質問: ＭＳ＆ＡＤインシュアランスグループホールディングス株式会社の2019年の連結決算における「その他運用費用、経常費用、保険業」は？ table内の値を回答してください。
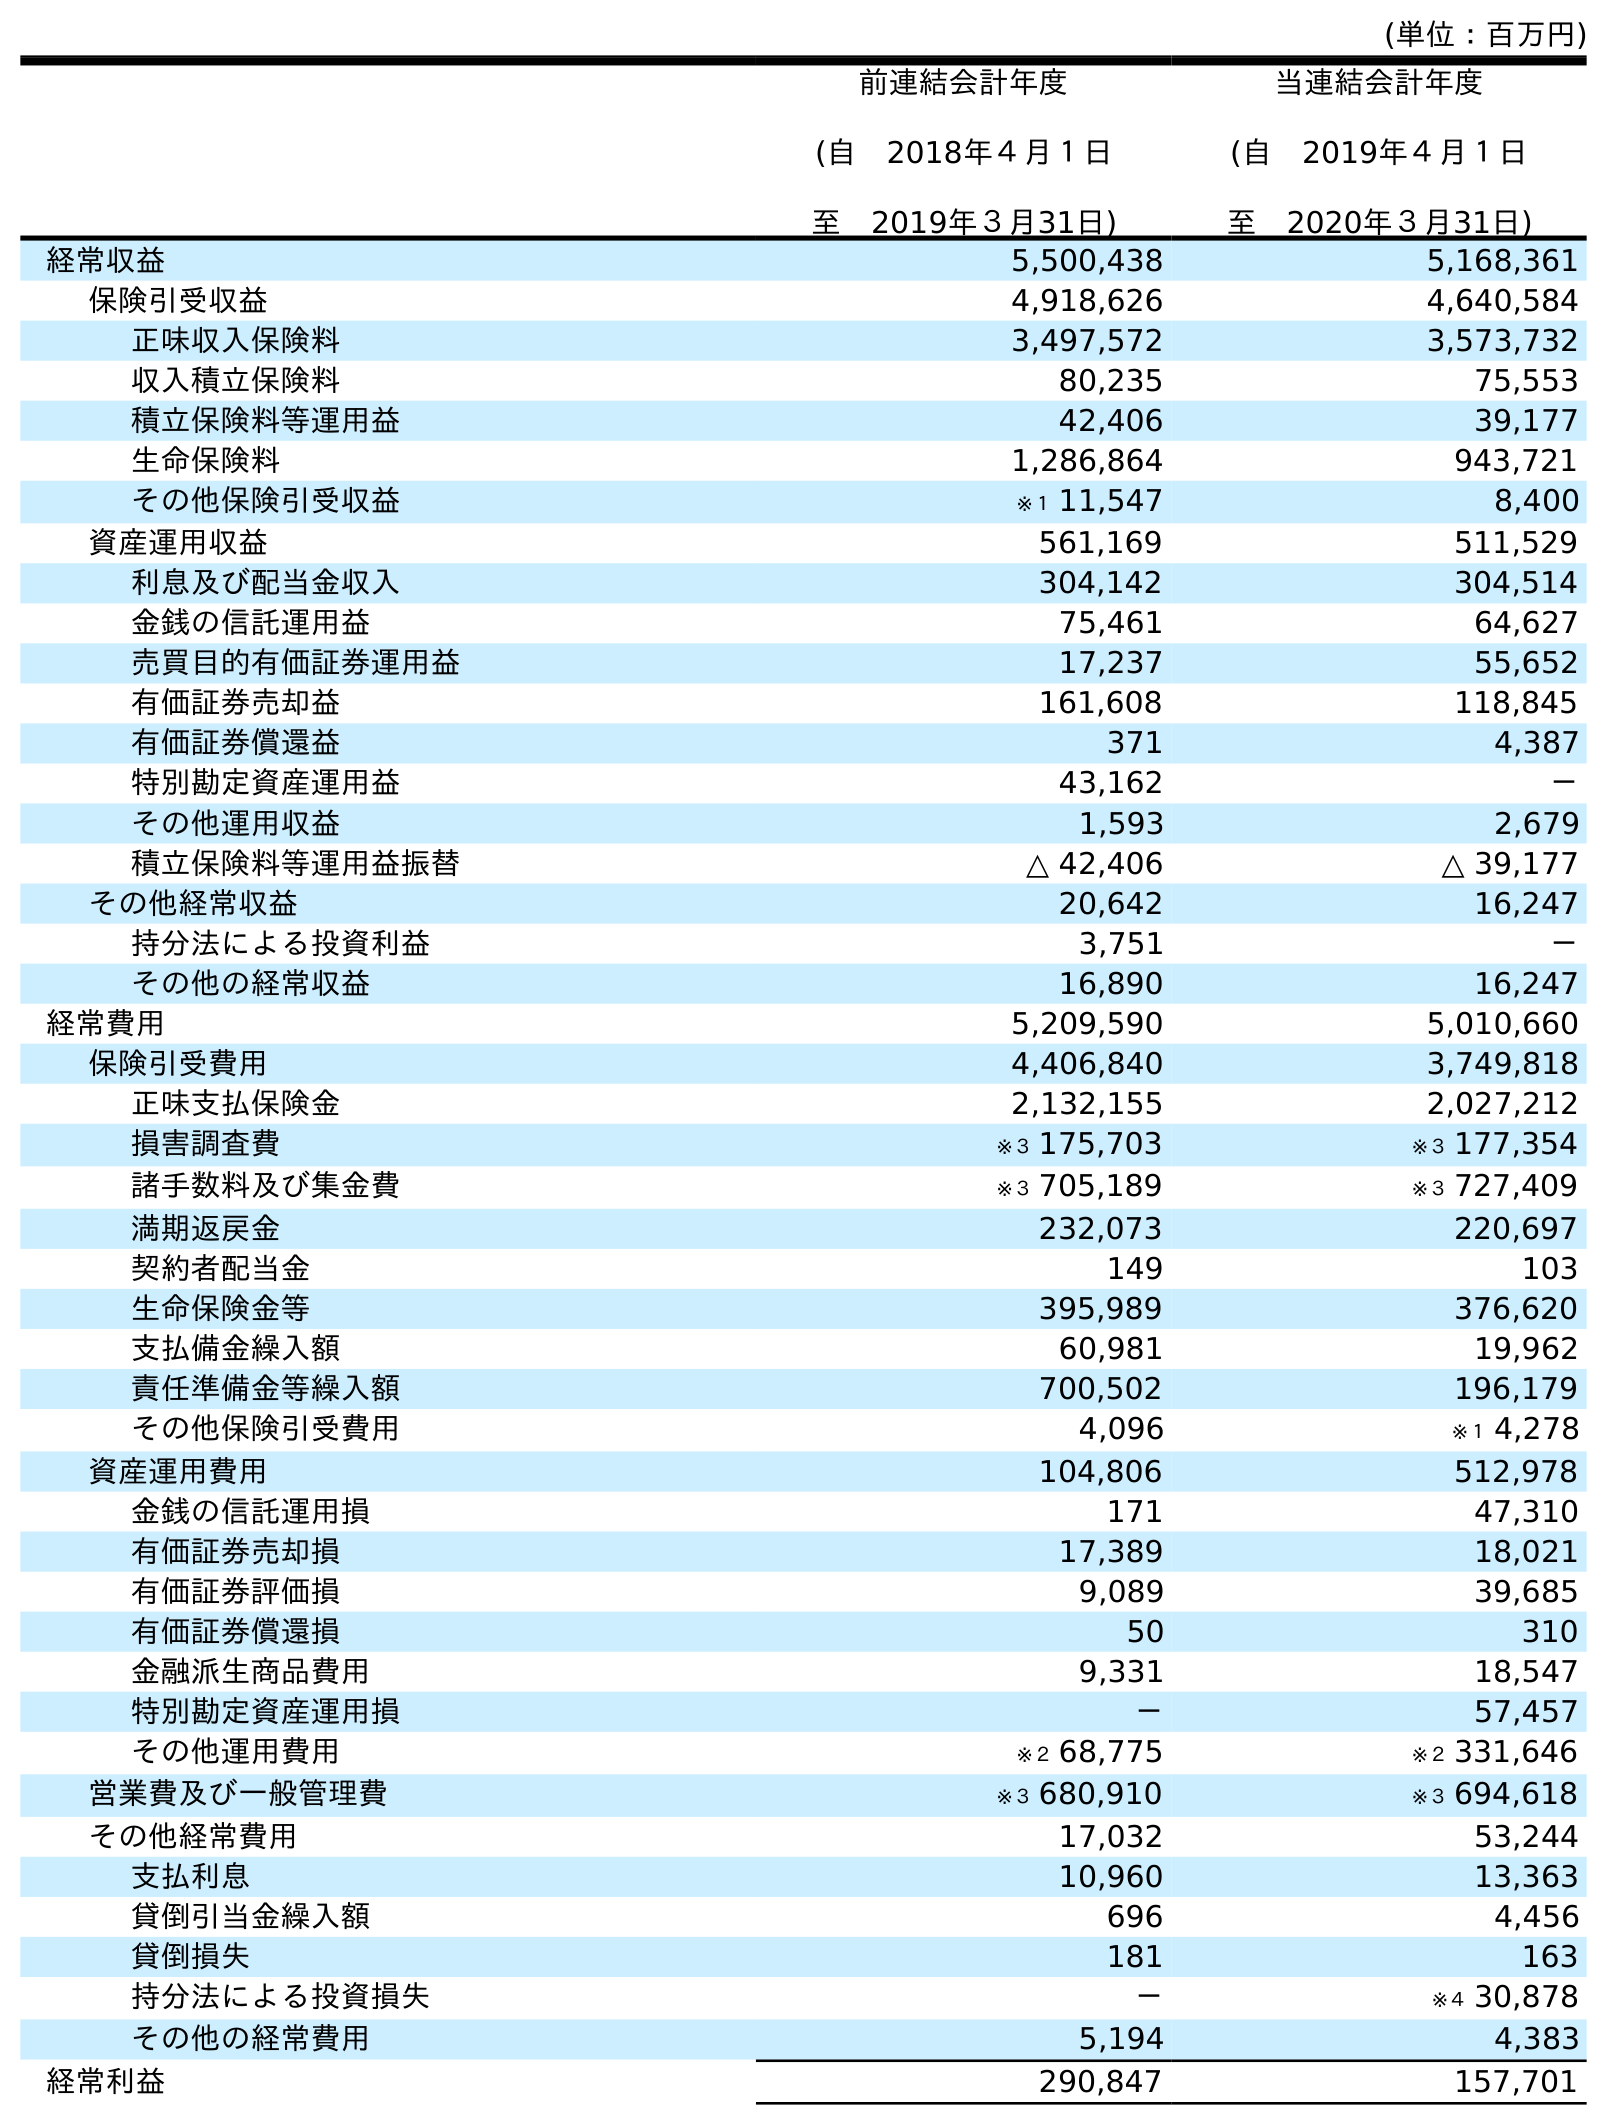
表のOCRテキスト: (単位：百万円) 前連結会計年度 (自 2018年４月１日 至 2019年３月31日) 当連結会計年度 (自 2019年４月１日 至 2020年３月31日) 経常収益 5,500,438 5,168,361 保険引受収益 4,918,626 4,640,584 正味収入保険料 3,497,572 3,573,732 収入積立保険料 80,235 75,553 積立保険料等運用益 42,406 39,177 生命保険料 1,286,864 943,721 その他保険引受収益 ※１ 11,547 8,400 資産運用収益 561,169 511,529 利息及び配当金収入 304,142 304,514 金銭の信託運用益 75,461 64,627 売買目的有価証券運用益 17,237 55,652 有価証券売却益 161,608 118,845 有価証券償還益 371 4,387 特別勘定資産運用益 43,162 － その他運用収益 1,593 2,679 積立保険料等運用益振替 △ 42,406 △ 39,177 その他経常収益 20,642 16,247 持分法による投資利益 3,751 － その他の経常収益 16,890 16,247 経常費用 5,209,590 5,010,660 保険引受費用 4,406,840 3,749,818 正味支払保険金 2,132,155 2,027,212 損害調査費 ※３ 175,703 ※３ 177,354 諸手数料及び集金費 ※３ 705,189 ※３ 727,409 満期返戻金 232,073 220,697 契約者配当金 149 103 生命保険金等 395,989 376,620 支払備金繰入額 60,981 19,962 責任準備金等繰入額 700,502 196,179 その他保険引受費用 4,096 ※１ 4,278 資産運用費用 104,806 512,978 金銭の信託運用損 171 47,310 有価証券売却損 17,389 18,021 有価証券評価損 9,089 39,685 有価証券償還損 50 310 金融派生商品費用 9,331 18,547 特別勘定資産運用損 － 57,457 その他運用費用 ※２ 68,775 ※２ 331,646 営業費及び一般管理費 ※３ 680,910 ※３ 694,618 その他経常費用 17,032 53,244 支払利息 10,960 13,363 貸倒引当金繰入額 696 4,456 貸倒損失 181 163 持分法による投資損失 － ※４ 30,878 その他の経常費用 5,194 4,383 経常利益 290,847 157,701
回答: ※２68,775